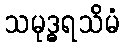
သမုဒ္ဓရသိမံ